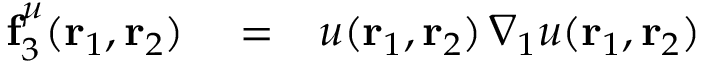
\begin{array} { r l } { \mathbf { f } _ { 3 } ^ { \mu } ( { \mathbf { r } _ { 1 } } , { \mathbf { r } _ { 2 } } ) } & { { } = \phantom { - } u ( { \mathbf { r } _ { 1 } } , { \mathbf { r } _ { 2 } } ) \, \nabla _ { 1 } u ( { \mathbf { r } _ { 1 } } , { \mathbf { r } _ { 2 } } ) } \end{array}